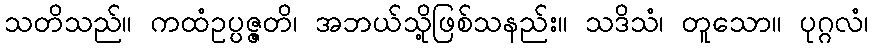
သတိသည်။ ကထံဥပ္ပဇ္ဇတိ၊ အဘယ်သို့ဖြစ်သနည်း။ သဒိသံ၊ တူသော။ ပုဂ္ဂလံ၊